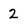
Character: 2